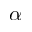
\alpha